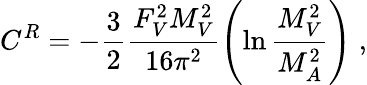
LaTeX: C^{R}=-\frac{3}{2}\frac{F_{V}^{2}M_{V}^{2}}{16\pi^{2}}\left(\ln\frac{M_{V}^{2}}{M_{A}^{2}}\right)\; ,